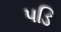
પડિ